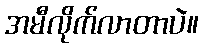
အမီလိုက်လာတာပဲ။